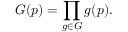
G ( p ) = \prod _ { g \in G } g ( p ) .